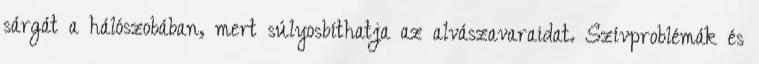
sárgát a hálószobában, mert súlyosbíthatja az alvászavaraidat. Szívproblémák és